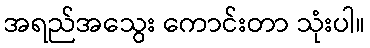
အရည်အသွေး ကောင်းတာ သုံးပါ။